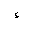
Letter: _hamza